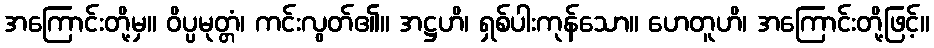
အကြောင်းတို့မှ။ ဝိပ္ပမုတ္တံ၊ ကင်းလွတ်၏။ အဋ္ဌဟိ၊ ရှစ်ပါးကုန်သော။ ဟေတူဟိ၊ အကြောင်းတို့ဖြင့်။